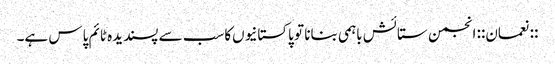
::نعمان:: انجمن ستائش باہمی بنانا تو پاکستانیوں‌کاسب سے پسندیدہ ٹائم پاس ہے۔